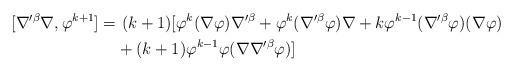
LaTeX: \begin{align*}[\nabla'^{\beta} \nabla ,\varphi^{k+1} ] = & \ (k+1)[\varphi^k(\nabla \varphi)\nabla'^{\beta} + \varphi^k(\nabla'^{\beta} \varphi)\nabla + k\varphi^{k-1}(\nabla'^{\beta}\varphi )(\nabla \varphi) \\&+ (k+1)\varphi^{k-1} \varphi(\nabla \nabla'^{\beta}\varphi)]\end{align*}